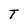
Character: T